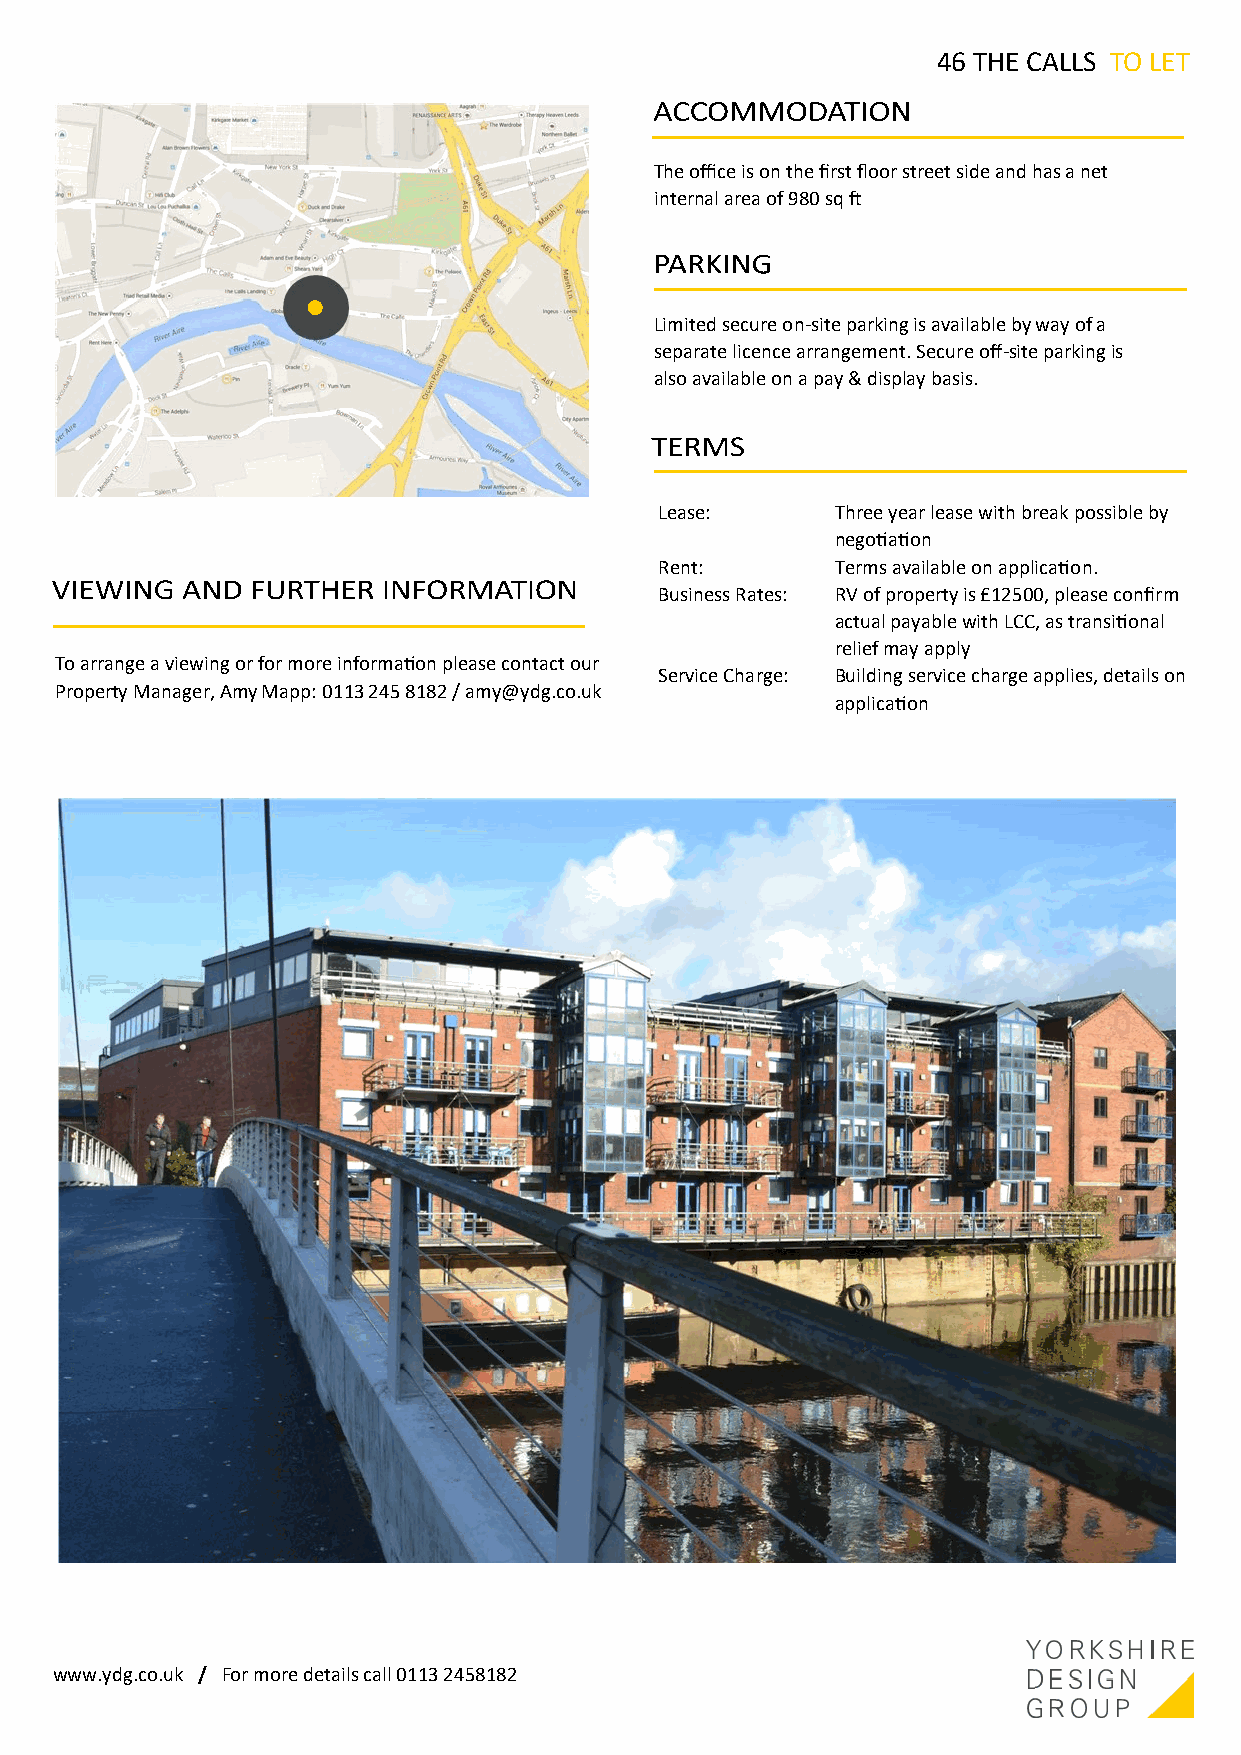
46 THE CALLS TO LET
 The office is on the first floor street side and has a net
 internal area of 980 sq ft
 Limited secure on-site parking is available by way of a
 separate licence arrangement. Secure off-site parking is
 also available on a pay & display basis.
 Lease:     Three year lease with break possible by
 negotiation
 Rent:      Terms available on application.
 Business Rates: RV of property is £12500, please confirm
 actual payable with LCC, as transitional
 relief may apply
 To arrange a viewing or for more information please contact our
 Service Charge: Building service charge applies, details on
 Property Manager, Amy Mapp: 0113 245 8182 / amy@ydg.co.uk
 application
 www.ydg.co.uk / For more details call 0113 2458182